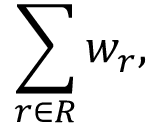
\sum _ { r \in R } w _ { r } ,